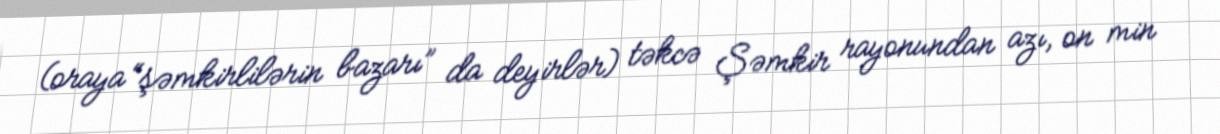
(oraya “şəmkirlilərin bazarı” da deyirlər) təkcə Şəmkir rayonundan azı, on min